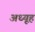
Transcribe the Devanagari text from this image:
अध्यूह